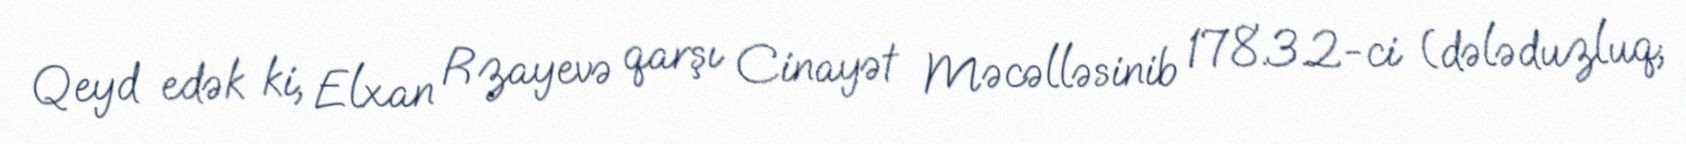
Qeyd edək ki, Elxan Rzayevə qarşı Cinayət Məcəlləsinib 178.3.2-ci (dələduzluq;